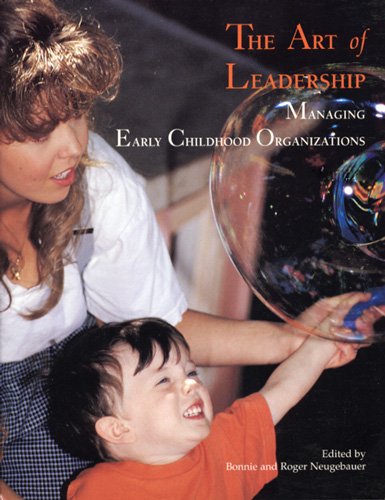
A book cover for The Art of Leadership: Managing Early Childhood Organizations; Parenting & Relationships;